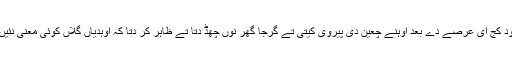
ایس دے باوجود کُج ای عرصے دے بعد اُوہنے چعین دی پیروی کیتی تے گرجا گھر نوں چھڈ دِتا تے ظاہر کر دِتا کہ اُوہدیاں گلاں کوئی معنی نئیں رکھدیاں سن۔